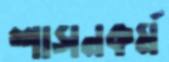
শাসনকর্ম